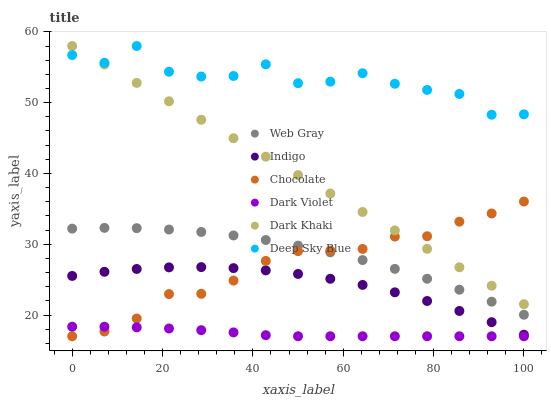
| xaxis_label | Web Gray | Indigo | Chocolate | Dark Violet | Dark Khaki | Deep Sky Blue |
 | --- | --- | --- | --- | --- | --- | --- |
 | 0 | 32.2 | 25.5 | 17 | 18.3 | 58 | 56.7 |
 | 7.14 | 32.3 | 26.1 | 17.7 | 18.3 | 55.4 | 55.6 |
 | 14.3 | 32.3 | 26.5 | 19.5 | 18.3 | 52.8 | 58 |
 | 21.4 | 32.1 | 26.7 | 23 | 18.1 | 50.2 | 54.4 |
 | 28.6 | 31.7 | 26.8 | 23 | 17.9 | 47.6 | 53.7 |
 | 35.7 | 31.2 | 26.6 | 24.9 | 17.5 | 45 | 53.8 |
 | 42.9 | 30.6 | 26.3 | 27.6 | 17.2 | 42.4 | 55.4 |
 | 50 | 29.8 | 25.8 | 29 | 17 | 39.8 | 52.7 |
 | 57.1 | 28.9 | 25.1 | 29.1 | 17 | 37.2 | 53 |
 | 64.3 | 27.8 | 24.3 | 29.3 | 17 | 34.6 | 54.2 |
 | 71.4 | 26.5 | 23.2 | 31.1 | 17 | 32 | 52.7 |
 | 78.6 | 25.1 | 22 | 31.1 | 17 | 29.3 | 51.8 |
 | 85.7 | 23.6 | 20.6 | 33.2 | 17 | 26.7 | 51.2 |
 | 92.9 | 21.9 | 19 | 34.3 | 17 | 24.1 | 48.3 |
 | 100 | 20 | 17.2 | 36 | 17 | 21.5 | 48.4 |